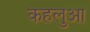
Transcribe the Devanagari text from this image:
कहलुआ